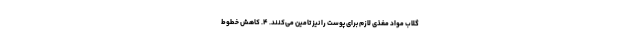
گلاب مواد مغذی لازم برای پوست را نیز تأمین می‌کنند. ۴. کاهش خطوط